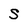
Character: S